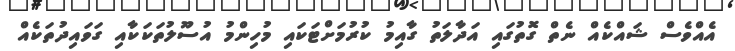
އެއްވެސް ޝައްކެއް ނެތް ގޮތުގައި އަދާލަތު ގާއިމު ކުރުމަށްޓަކައި މުހިންމު އުސޫލުތަކަކާއި ގަވައިދުތަކެއް